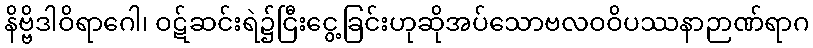
နိဗ္ဗိဒါဝိရာဂေါ၊ ဝဋ်ဆင်းရဲ၌ငြီးငွေ့ခြင်းဟုဆိုအပ်သောဗလဝဝိပဿနာဉာဏ်ရာဂ